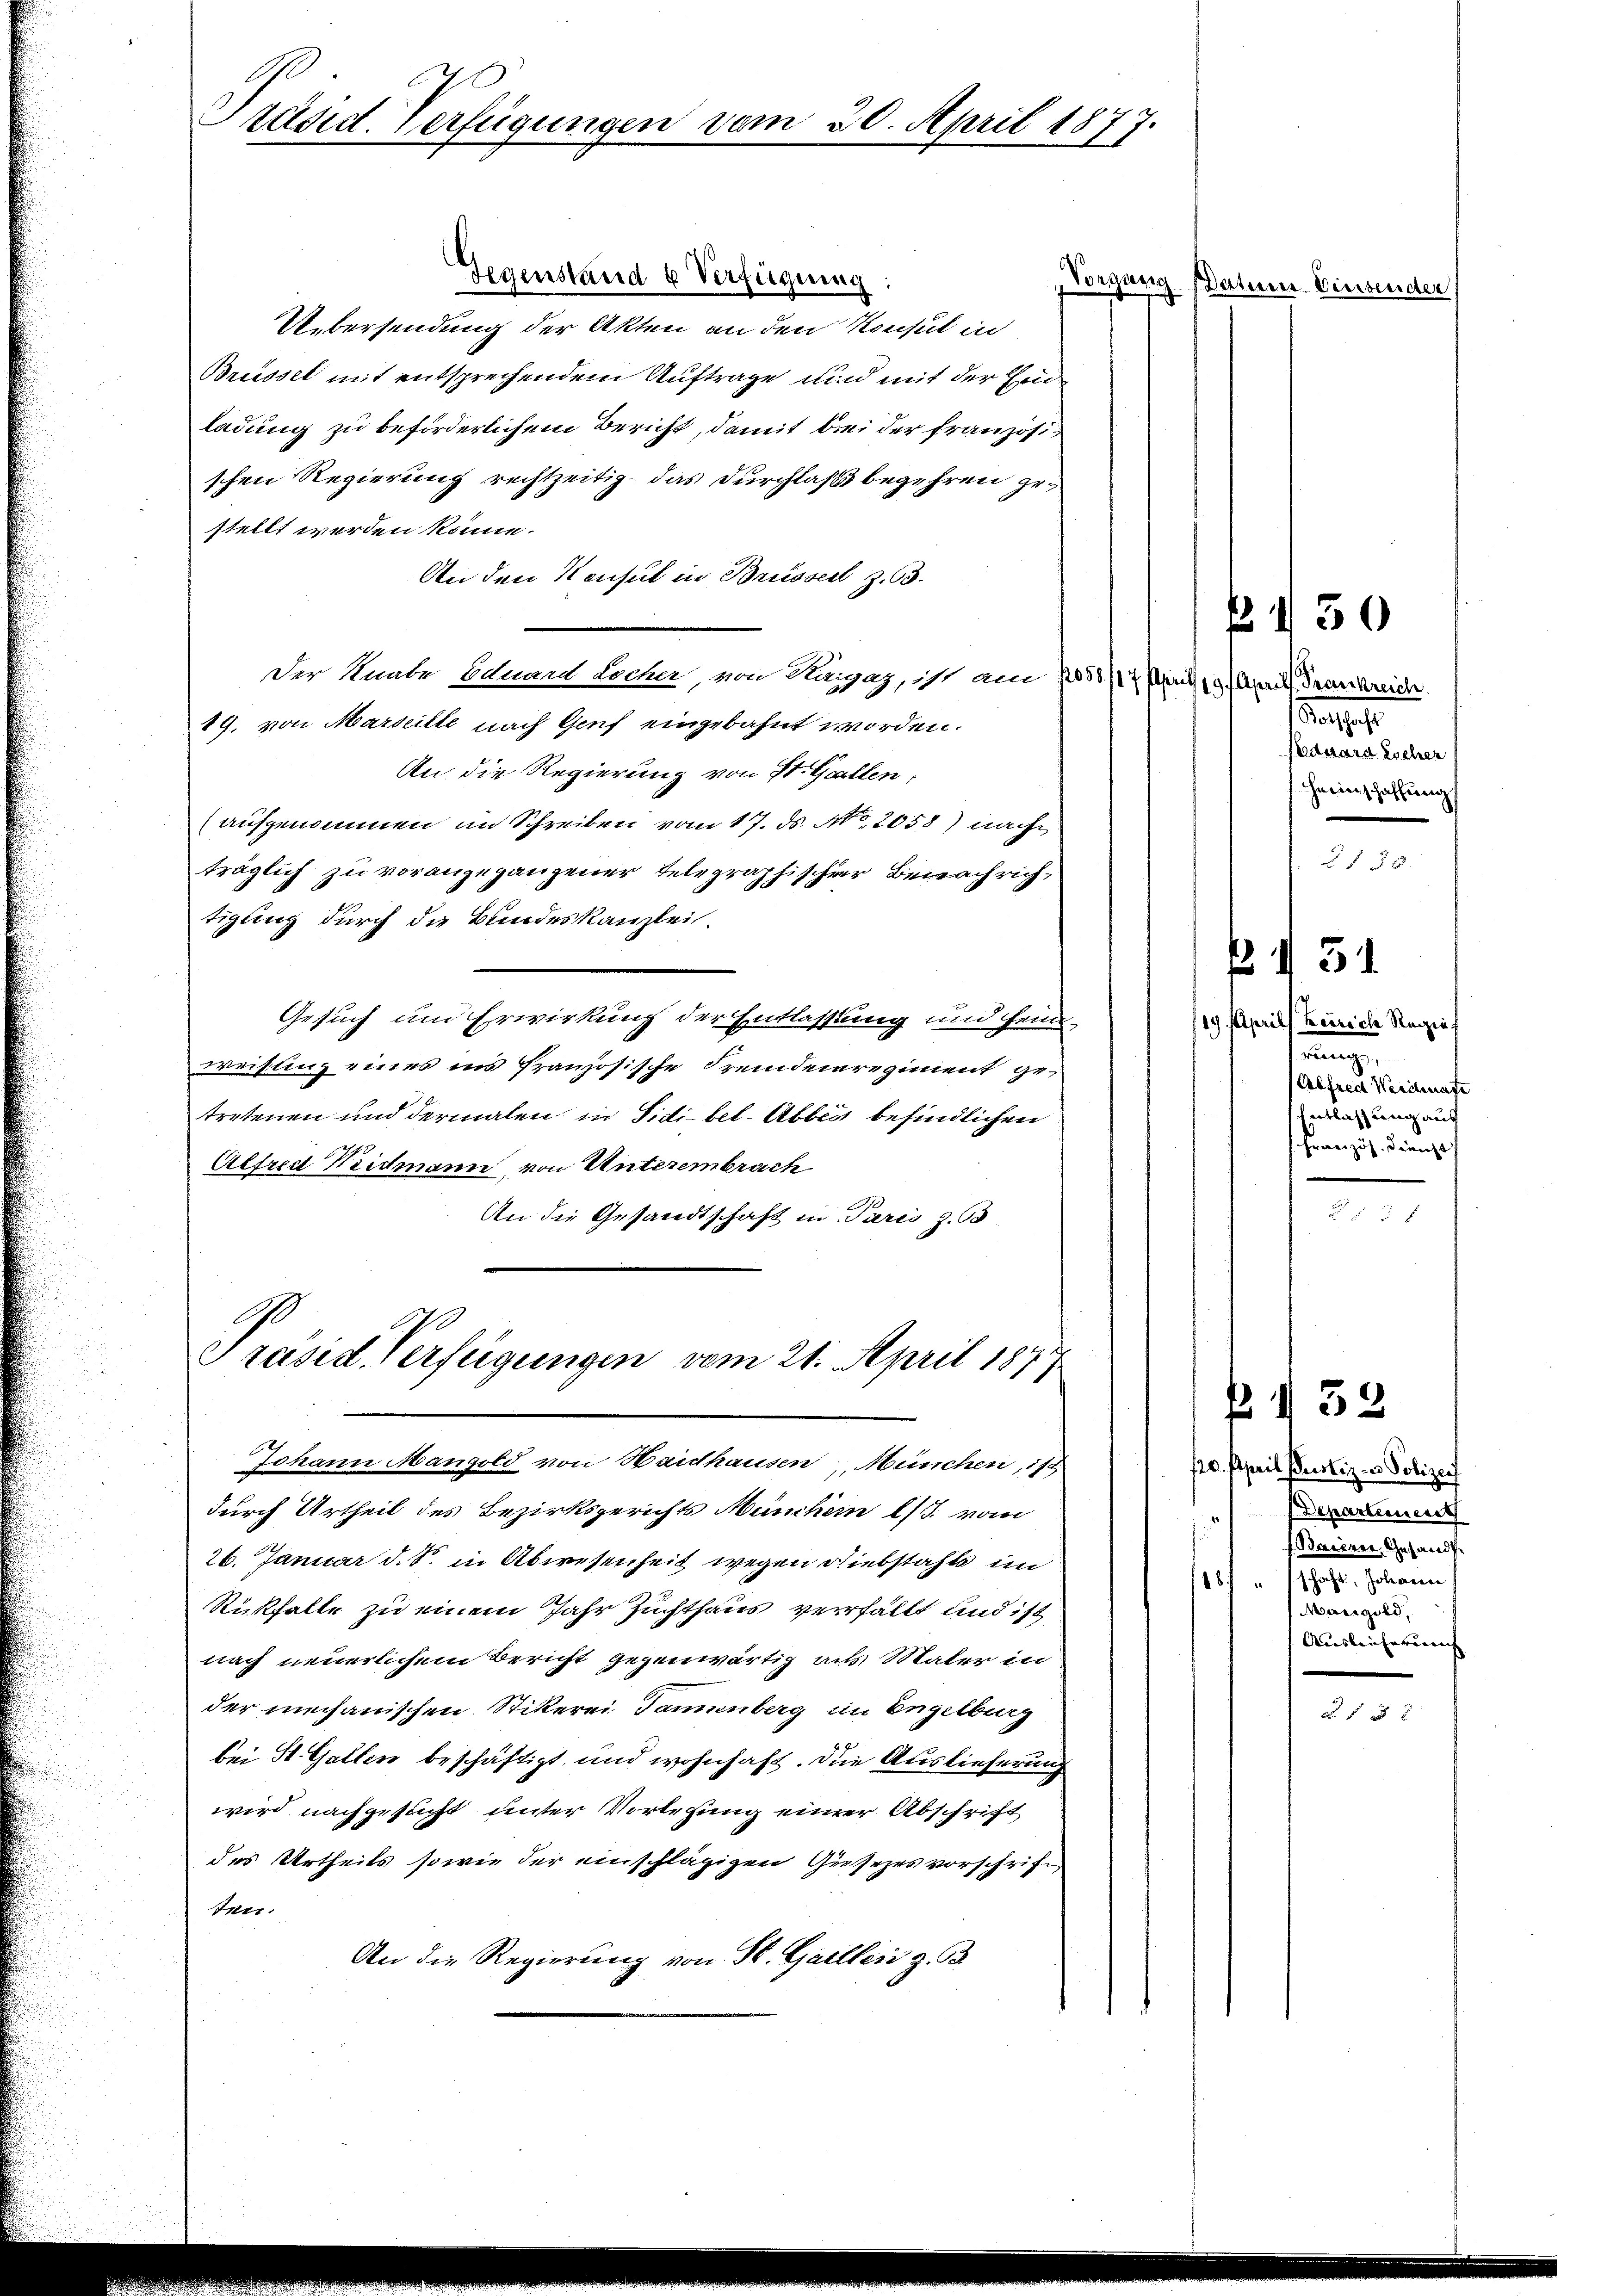
Präsid. Verfügungen vom 20. April 1877.

Gegenstand 4 Verfügung:
sorgung s
Übersendung der Akten an den Konsul in
Brüssel mit entsprechendem Auftrage und mit der Eidladung zu beförderlichem Bericht, damit bei der französischen Regierung rechtzeitig das Durchlaß begehren gestellt werden könne.
An den Konsul in Brüsser Z. 63.
Der Knabe Eduard Locher, von Haigaz, ist am 2058/17 Mai 191 April Frankreich
19. von Marseille nach Genf eingebahnt worden.
An die Regierung von St. Gallen,
aufgenommen im Schreiben vom 17. ds. No. 2058) nach
träglich zu vorangegangener Telegraphischer Benachrich,
tigung durch die Bundeskanzlei.
Gesuch und Erwirkung der Entlassung und heimweisling eines ins französische Fremdenregiment getretenen und dermalen in Sidibel-Abbia befindlichen
Alfred Widmann, von Unterembrach
An die Gesandtschaft in Paris z. B
Präsid. Verfügungen vom 21. April 1877
Johann Mangold von Haidhausen, München, ist
durch Urtheil des Bezirksgerichts Münchem l. vom
26. Januar d. S. in Abwesenheit wegen Diebstahls im
Rückfalle zu einem Jahr Zuchthaus verfällt und ist
nach neuerlichem Bericht gegenwärtig als Mater in
der mechanischen Stikerei Taminberg im Engelburg
bei St. Gallen beschäftigt und wohnhaft. Die Auslieferung
wird nachgesucht unter Vorlesung einer Abschrift
des Urtheils sowie der einschlägigen Gesezesvorschrift
ten.
An die Regierung von St. Gailler z. B.

etierer Verbericher

Barschaft
Eduard Locher
Herinschaffung

5

23.

¬
/19. April Keirich Regie
m.
Alfred Weichnate
Entlassung aus
Französ. Dienst

120. April Justiz- u Polizei
Departerniert
Baierer Gesandt
schaft, Johanere
8
Marigold,
Ausleicherung

130

51

B I 32